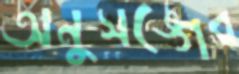
অনুসঙ্গের